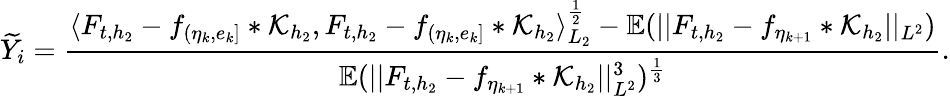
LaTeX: \widetilde{Y}_{i}=\frac{\langle F_{t,{h_{2}}}-f_{(\eta_{k},e_{k}]}\ast\mathcal{K}_{h_{2}},F_{t,{h_{2}}}-f_{(\eta_{k},e_{k}]}\ast\mathcal{K}_{h_{2}}\rangle_{L_{2}}^{\frac{1}{2}}-\mathbb{E}(\vert\vert F_{t,{h_{2}}}-f_{\eta_{k+1}}\ast\mathcal{K}_{h_{2}}\vert\vert_{L^{2}})}{\mathbb{E}(\vert\vert F_{t,{h_{2}}}-f_{\eta_{k+1}}\ast\mathcal{K}_{h_{2}}\vert\vert_{L^{2}}^{3})^{\frac{1}{3}}}.